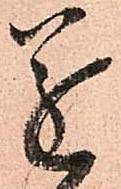
遂